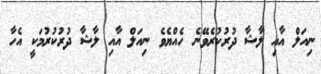
ނިއަލް އާއި ލާޝާ ދުރުކުރެވޭނެ ހެއްޔެވެ ނިއަލް އާއި ލާޝާ ދުރުކުރުމަކީ އެހާ